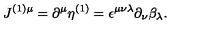
J ^ { ( 1 ) \mu } = \partial ^ { \mu } \eta ^ { ( 1 ) } = \epsilon ^ { \mu \nu \lambda } \partial _ { \nu } \beta _ { \lambda } .